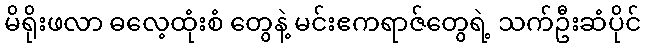
မိရိုးဖလာ ဓလေ့ထုံးစံ တွေနဲ့ မင်းဧကရာဇ်တွေရဲ့ သက်ဦးဆံပိုင်